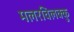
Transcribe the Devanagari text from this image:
मलरविलक्कु